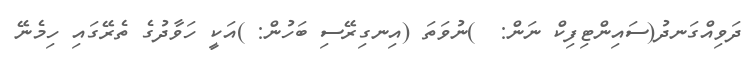
ދަވިއްގަނދު(ސައިންޓިފިކް ނަން:  )ނުވަތަ (އިނގިރޭސި ބަހުން: )އަކީ ހަވާދުގެ ތެރޭގައި ހިމެނޭ